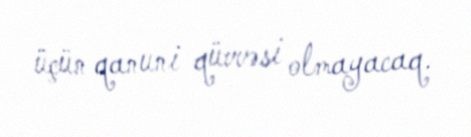
üçün qanuni qüvvəsi olmayacaq.